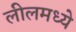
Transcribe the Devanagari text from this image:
लीलमध्ये